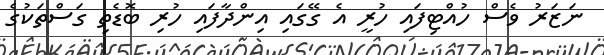
ނަޒަރު ވެސް ހުއްޓިފައި ހުރީ އެ ގޭގައި އިންދާފައި ހުރި ބޮޑެތި ގަސްތަކުގެ